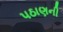
પઠાણની